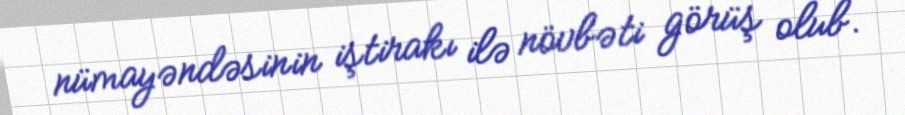
nümayəndəsinin iştirakı ilə növbəti görüş olub.